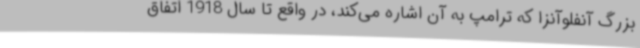
بزرگ آنفلوآنزا که ترامپ به آن اشاره می‌کند، در واقع تا سال 1918 اتفاق